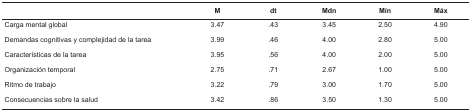
<table><thead><tr><td></td><td><b>M</b></td><td><b>dt</b></td><td><b>Mdn</b></td><td><b>Mín</b></td><td><b>Máx</b></td></tr></thead><tbody><tr><td> Carga mental global</td><td> 3.47</td><td> .43</td><td> 3.45</td><td> 2.50</td><td> 4.90</td></tr><tr><td> Demandas cognitivas y complejidad de latarea</td><td> 3.99</td><td> .46</td><td> 4.00</td><td> 2.80</td><td> 5.00</td></tr><tr><td> Características de la tarea</td><td> 3.95</td><td> .56</td><td> 4.00</td><td> 2.00</td><td> 5.00</td></tr><tr><td> Organización temporal</td><td> 2.75</td><td> .71</td><td> 2.67</td><td> 1.00</td><td> 5.00</td></tr><tr><td> Ritmo de trabajo</td><td> 3.22</td><td> .79</td><td> 3.00</td><td> 1.70</td><td> 5.00</td></tr><tr><td> Consecuencias sobre la salud</td><td> 3.42</td><td> .86</td><td> 3.50</td><td> 1.30</td><td> 5.00</td></tr></tbody></table>